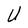
Character: U